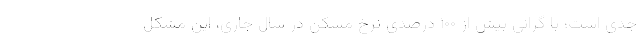
جدی است؛ با گرانی بیش از ۱۰۰ درصدی نرخ مسکن در سال جاری، این مشکل